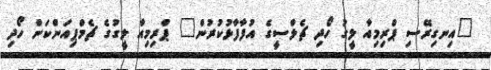
"އިނގިރޭސި ޕްރިމިއާ ލީގު ހޯދި ޗެލްސީގެ އުފާފާޅުކުރުން" ޕްރިމިއާ ލީގުގެ ޗެމްޕިއަންކަން ހޯދި